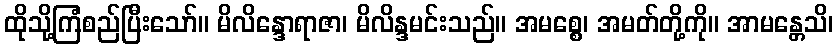
ထိုသို့ကြံစည်ပြီးသော်။ မိလိန္ဒောရာဇာ၊ မိလိန္ဒမင်းသည်။ အမစ္စေ၊ အမတ်တို့ကို။ အာမန္တေသိ၊